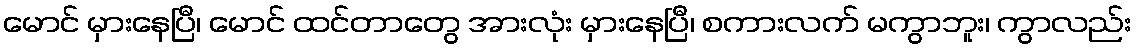
မောင် မှားနေပြီ၊ မောင် ထင်တာတွေ အားလုံး မှားနေပြီ၊ စကားလက် မကွာဘူး၊ ကွာလည်း